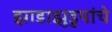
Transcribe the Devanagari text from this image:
झाडाझुडुपांचे